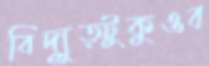
বিদ্যুত্টুকুওব